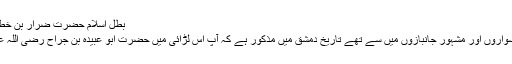
بطل اسلام حضرت ضرار بن خطاب رضی اللہ عنہ​
آپ قریش کے شہسواروں اور مشہور جانبازوں میں سے تھے تاریخ دمشق میں مذکور ہے کہ آپ اس لڑائی میں حضرت ابو عبیدہ بن جراح رضی اللہ عنہ کے ساتھ تھے۔